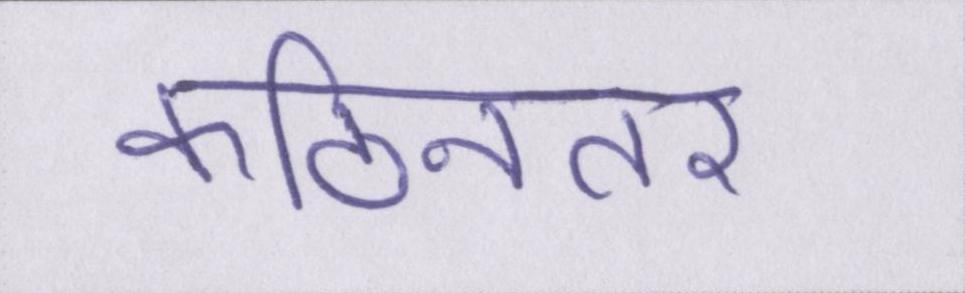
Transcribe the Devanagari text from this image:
कठिनतर